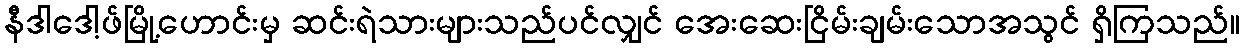
နီဒါဒေါ့ဖ်မြို့ဟောင်းမှ ဆင်းရဲသားများသည်ပင်လျှင် အေးဆေးငြိမ်းချမ်းသောအသွင် ရှိကြသည်။